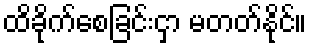
ထိခိုက်စေခြင်းငှာ မတတ်နိုင်။